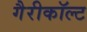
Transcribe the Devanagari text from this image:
गैरीकॉल्ट